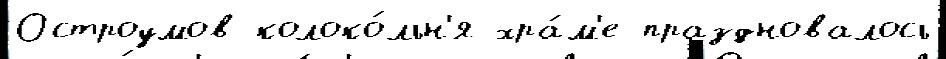
Остроумов колоко́льн'я хра́м'е праздновалось